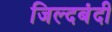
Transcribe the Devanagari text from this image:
जिल्दबंदी